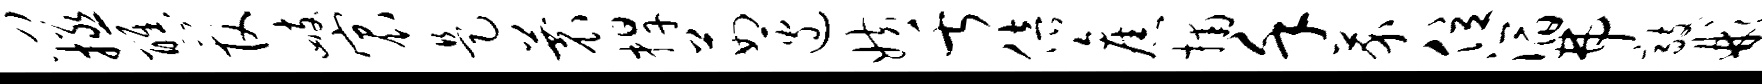
门拯醮管峙宸是蓑捍茹边妨舌倍旧捕堇芥位滔弗敲彬